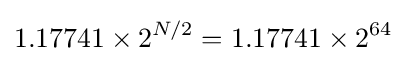
{1.17741\times 2^{N/2}}={1.17741\times 2^{64}}